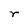
Character: r